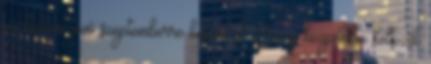
várhatóan jövő szeptemberre készül el. Az új központba költözik